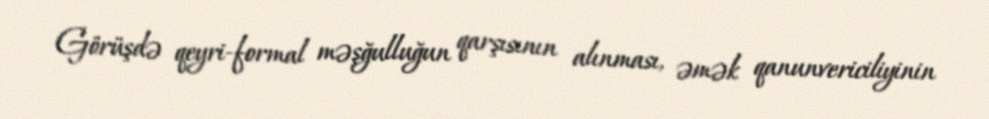
Görüşdə qeyri-formal məşğulluğun qarşısının alınması, əmək qanunvericiliyinin